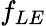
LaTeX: f_{LE}